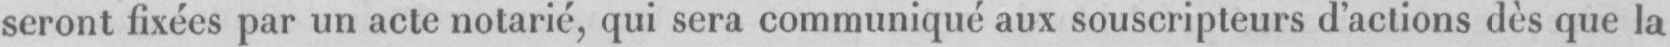
seront fixées par un acte notarié, qui sera communiqué aux souscripteurs d’actions dès que la